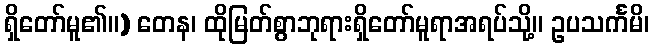
ရှိတော်မူ၏။) တေန၊ ထိုမြတ်စွာဘုရားရှိတော်မူရာအရပ်သို့။ ဥပသင်္ကမိ၊